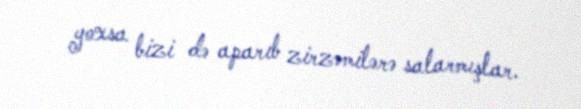
yoxsa bizi də aparıb zirzəmilərə salarmışlar.